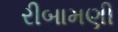
રીબામણી